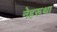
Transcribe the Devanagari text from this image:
नेहरूथा